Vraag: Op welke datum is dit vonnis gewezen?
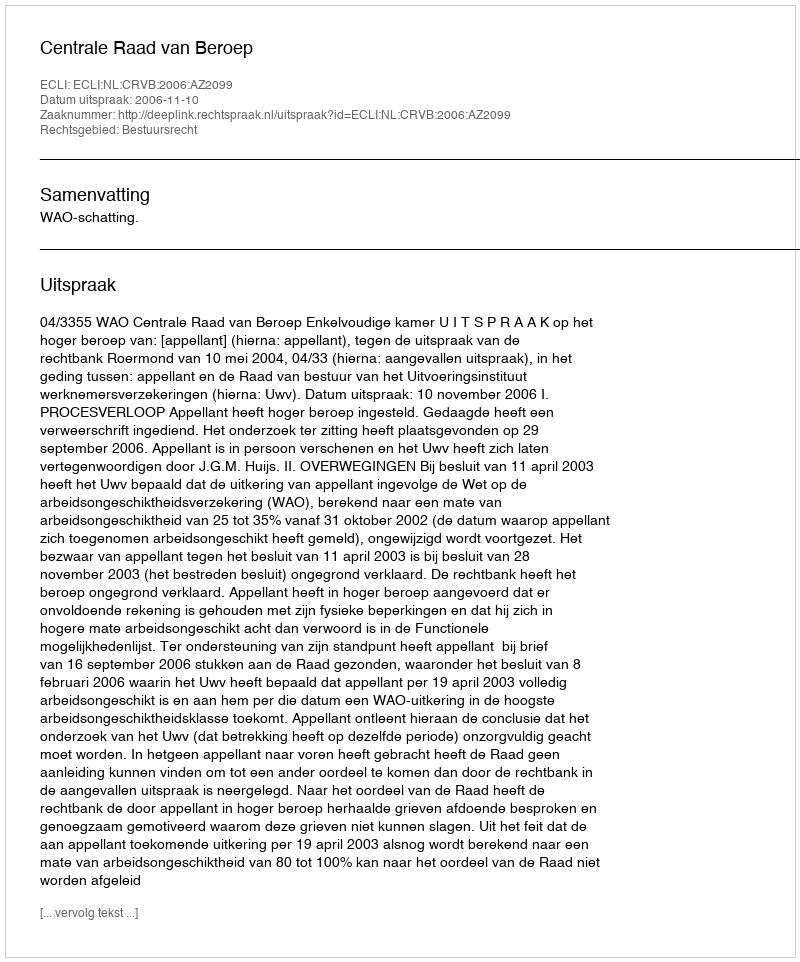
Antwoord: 2006-11-10